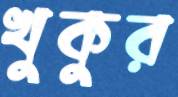
খুকুর